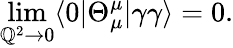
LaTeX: \operatorname*{lim}_{\mathbb{Q}^{2}\to0}\langle0|\Theta_{\mu}^{\mu}|\gamma\gamma\rangle=0.